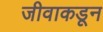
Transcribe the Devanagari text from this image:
जीवाकडून